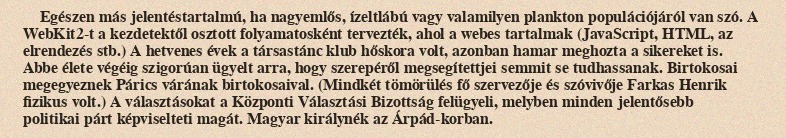
Egészen más jelentéstartalmú, ha nagyemlős, ízeltlábú vagy valamilyen plankton populációjáról van szó. A WebKit2-t a kezdetektől osztott folyamatosként tervezték, ahol a webes tartalmak (JavaScript, HTML, az elrendezés stb.) A hetvenes évek a társastánc klub hőskora volt, azonban hamar meghozta a sikereket is. Abbe élete végéig szigorúan ügyelt arra, hogy szerepéről megsegítettjei semmit se tudhassanak. Birtokosai megegyeznek Párics várának birtokosaival. (Mindkét tömörülés fő szervezője és szóvivője Farkas Henrik fizikus volt.) A választásokat a Központi Választási Bizottság felügyeli, melyben minden jelentősebb politikai párt képviselteti magát. Magyar királynék az Árpád-korban.